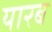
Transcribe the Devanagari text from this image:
यारब